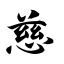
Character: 慈